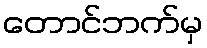
တောင်ဘက်မှ